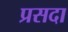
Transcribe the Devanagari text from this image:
प्रसदा